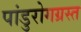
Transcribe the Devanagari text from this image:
पांडुरोगग्रस्त